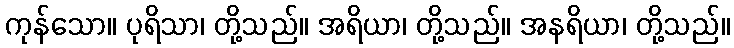
ကုန်သော။ ပုရိသာ၊ တို့သည်။ အရိယာ၊ တို့သည်။ အနရိယာ၊ တို့သည်။